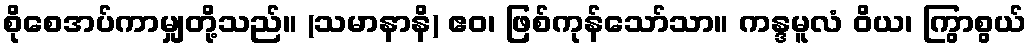
စိုစေအပ်ကာမျှတို့သည်။ (သမာနာနိ) ဧဝ၊ ဖြစ်ကုန်သော်သာ။ ကန္ဒမူလံ ဝိယ၊ ကြွာစွယ်